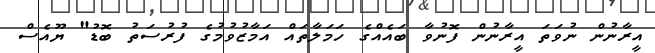
އީރާނުން ނުވަތަ އީރާނުން ފޮނުވާ ބައެއްގެ ހަމަލާތައް އަމާޒުވުމުގެ ފުރުސަތު ބޮޑު" ޔޫއެސް